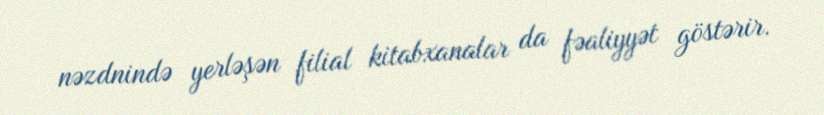
nəzdnində yerləşən filial kitabxanalar da fəaliyyət göstərir.